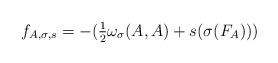
LaTeX: \begin{align*} f_{A,\sigma,s} = -( \tfrac{1}{2}\omega_\sigma(A,A) + s(\sigma( F_{A}))) \end{align*}